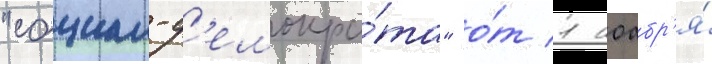
"социал-д'емокра́та" о́т 1 ноабр'я́